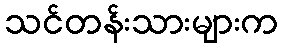
သင်တန်းသားများက